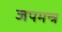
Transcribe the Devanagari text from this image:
जपमन्त्र